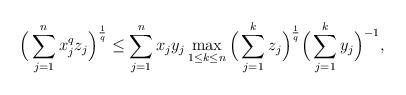
LaTeX: \begin{align*}\Big(\sum_{j=1}^n x_j^qz_j\Big)^{\frac1{q}}\leq\sum_{j=1}^n x_jy_j\max_{1\leq k\leq n}\Big(\sum_{j=1}^k z_j\Big)^{\frac1{q}}\Big(\sum_{j=1}^k y_j\Big)^{-1},\end{align*}